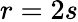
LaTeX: r=2s